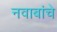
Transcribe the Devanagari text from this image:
नवाबांचे